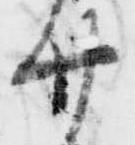
廿